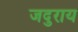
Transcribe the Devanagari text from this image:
जदुराय